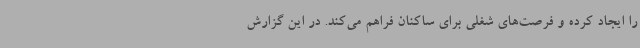
را ایجاد کرده و فرصت‌های شغلی برای ساکنان فراهم می‌کند. در این گزارش